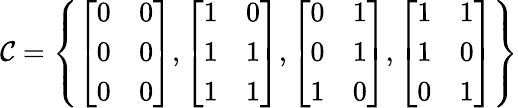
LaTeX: \mathcal{C}=\left\lbrace\left[\begin{array}{cc}{0}&{0}\\ {0}&{0}\\ {0}&{0}\end{array}\right],\left[\begin{array}{cc}{1}&{0}\\ {1}&{1}\\ {1}&{1}\end{array}\right],\left[\begin{array}{cc}{0}&{1}\\ {0}&{1}\\ {1}&{0}\end{array}\right],\left[\begin{array}{cc}{1}&{1}\\ {1}&{0}\\ {0}&{1}\end{array}\right]\right\rbrace